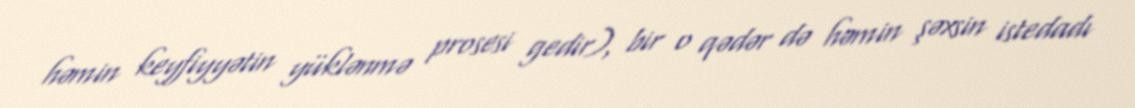
həmin keyfiyyətin yüklənmə prosesi gedir), bir o qədər də həmin şəxsin istedadı